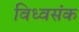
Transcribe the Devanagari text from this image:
विध्वसंक